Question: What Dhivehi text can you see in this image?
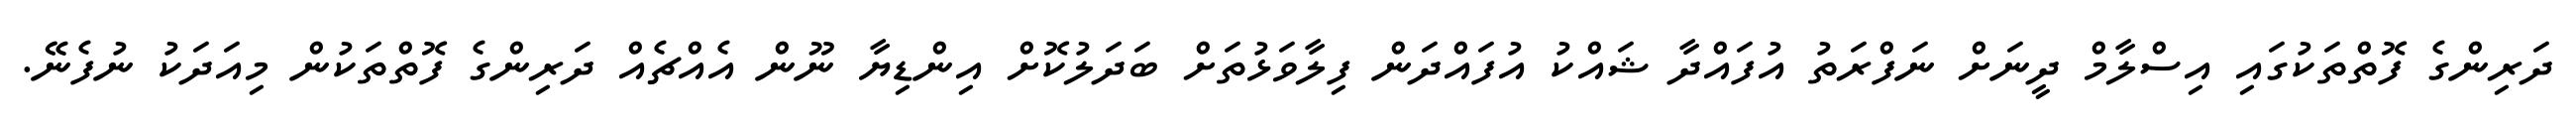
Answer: ދަރިންގެ ފޮތްތަކުގައި އިސްލާމް ދީނަށް ނަފްރަތު އުފައްދާ ޝައްކު އުފައްދަން ފިލާވަޅުތަށް ބަދަލުކޮށް އިންޑިޔާ ނޫން އެއްޗެއް ދަރިންގެ ފޮތްތަކުން މިއަދަކު ނުފެނޭ.